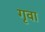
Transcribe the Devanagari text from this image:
गृवा